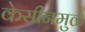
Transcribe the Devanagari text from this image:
केसीनमुळे